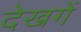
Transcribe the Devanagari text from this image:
देखगें